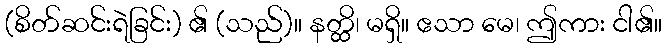
(စိတ်ဆင်းရဲခြင်း) ၏ (သည်)။ နတ္ထိ၊ မရှိ။ ဧသာ မေ၊ ဤကား ငါ၏။